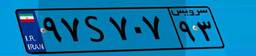
۹۷S۷۰۷۹۳